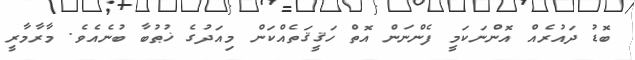
ބޮޑު ދައުރެއް އޮންނަކަމީ ފެންނަން އޮތް ހަޤީޤަތެއްކަން މިއަދުގެ ޚުޠުބާ ބުނެއެވެ. މާރާމާރީ